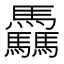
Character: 驫